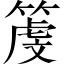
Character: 𥱲